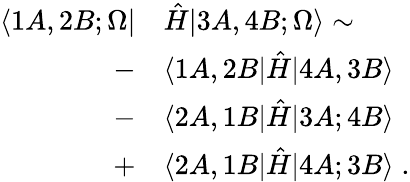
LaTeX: \begin{array}{rl}{\langle 1A,2B;\Omega|}&{{}\hat{H}|3A,4B;\Omega\rangle\sim}\\ {-}&{{}\langle 1A,2B|\hat{H}|4A,3B\rangle}\\ {-}&{{}\langle 2A,1B|\hat{H}|3A;4B\rangle}\\ {+}&{{}\langle 2A,1B|\hat{H}|4A;3B\rangle\; .}\end{array}